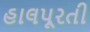
હાલપૂરતી